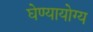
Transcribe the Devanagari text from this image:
घेण्यायोग्य